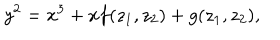
y ^ { 2 } = x ^ { 3 } + x f ( z _ { 1 } , z _ { 2 } ) + g ( z _ { 1 } , z _ { 2 } ) ,